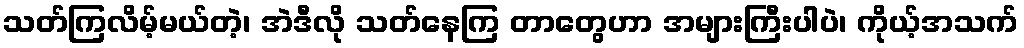
သတ်ကြလိမ့်မယ်တဲ့၊ အဲဒီလို သတ်နေကြ တာတွေဟာ အများကြီးပါပဲ၊ ကိုယ့်အသက်